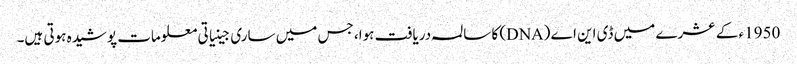
1950ء کے عشرے میں ڈی این اے (DNA) کا سالمہ دریافت ہوا، جس میں ساری جینیاتی معلومات پوشیدہ ہوتی ہیں۔